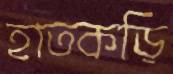
হাতকড়ি